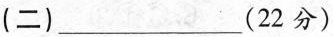
(二) ___(22分)